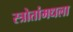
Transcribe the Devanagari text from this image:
स्त्रोतांमधला